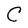
Character: C